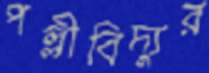
পল্লীবিদ্যুর